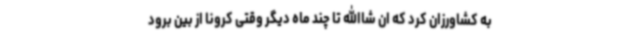
به کشاورزان کرد که ان شاالله تا چند ماه دیگر وقتی کرونا از بین برود